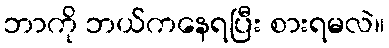
ဘာကို ဘယ်ကနေရပြီး စားရမလဲ။